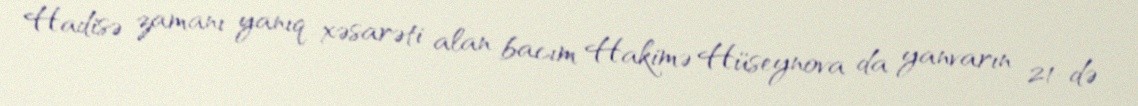
Hadisə zamanı yanıq xəsarəti alan bacım Hakimə Hüseynova da yanvarın 21-də